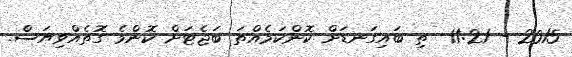
2015 - 11:21  ތި ބައިގަނޑަށް ކޮންކަމެއްތަ ބަޖެޓަށް ކޮންމެ ގޮތެއްވިޔަސް.